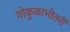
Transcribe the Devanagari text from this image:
गोकुळाभीतरीं